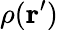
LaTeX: \rho(\mathbf{r^{\prime}})